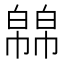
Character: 𭘸